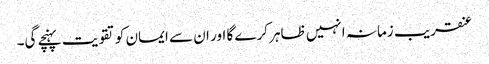
عنقریب زمانہ انہیں ظاہر کرے گا اور ان سے ایمان کو تقویت پہنچے گی۔